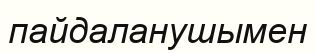
пайдаланушымен